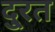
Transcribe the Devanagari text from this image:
दु्रत